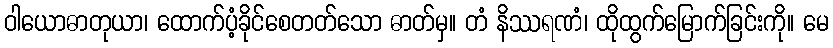
ဝါယောဓာတုယာ၊ ထောက်ပံ့ခိုင်စေတတ်သော ဓာတ်မှ။ တံ နိဿရဏံ၊ ထိုထွက်မြောက်ခြင်းကို။ မေ